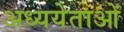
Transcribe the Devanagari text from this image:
अध्ययेताओं